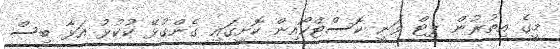
މީގެ އިތުރުން ޕިޓް ވަނީ ކޮސްޓްކޯއިން ކޮށީގައި ގެންގުޅޭ ކުކުޅު އަޅާ ބިސް